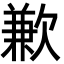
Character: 歉